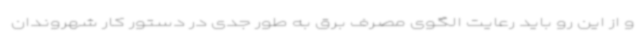
و از این رو باید رعایت الگوی مصرف برق به طور جدی در دستور کار شهروندان